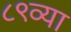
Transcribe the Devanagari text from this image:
८९व्या